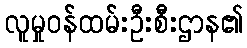
လူမှုဝန်ထမ်းဦးစီးဌာန၏